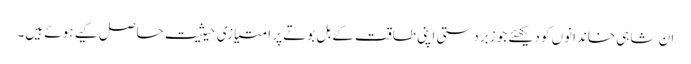
ان شاہی خاندانوں کو دیکھئے جو زبردستی اپنی طاقت کے بل بوتے پر امتیازی حیثیت حاصل کیے ہوئے ہیں۔